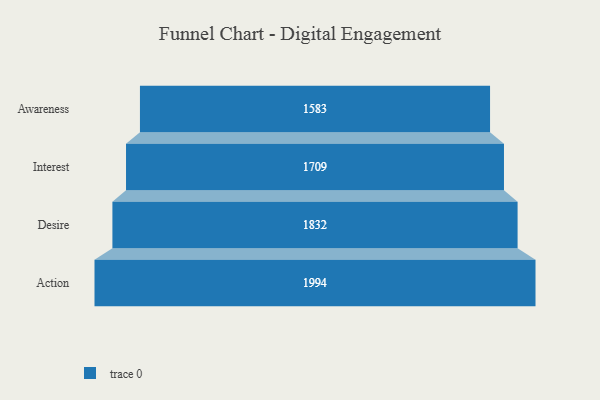
{"axis": {"x": "Stage", "y": "Value"}, "legend": [""], "data": [{"x": "Awareness", "y": 1583.0, "type": ""}, {"x": "Interest", "y": 1709.0, "type": ""}, {"x": "Desire", "y": 1832.0, "type": ""}, {"x": "Action", "y": 1994.0, "type": ""}]}